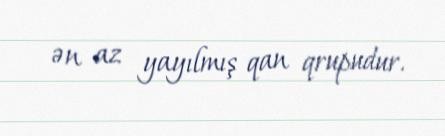
ən az yayılmış qan qrupudur.